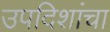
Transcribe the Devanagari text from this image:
उपदिशांचा